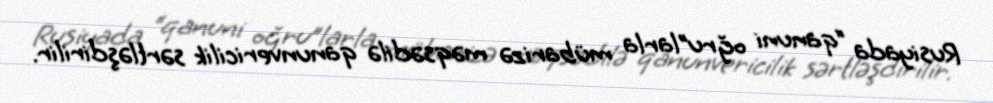
Rusiyada “qanuni oğru”larla mübarizə məqsədilə qanunvericilik sərtləşdirilir.